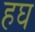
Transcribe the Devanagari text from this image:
हघ